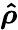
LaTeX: \boldsymbol{\hat{\rho}}